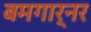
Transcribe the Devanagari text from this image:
बमगार्नर